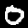
Digit: 0